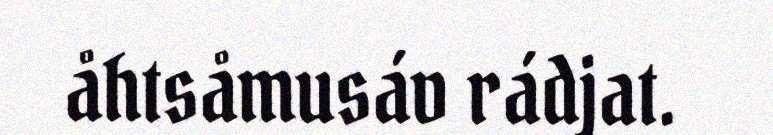
åhtsåmusáv rádjat.